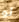
لو